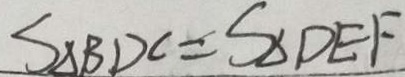
S _ { \Delta B D C } = S _ { \Delta D E F }